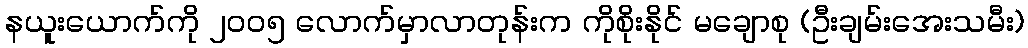
နယူးယောက်ကို ၂၀၀၅ လောက်မှာလာတုန်းက ကိုစိုးနိုင် မချောစု (ဦးချမ်းအေးသမီး)